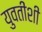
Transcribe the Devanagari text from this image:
युवतींशी